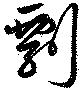
剽